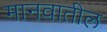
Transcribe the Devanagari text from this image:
मानवातील